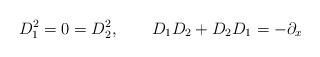
LaTeX: \begin{align*}D_{1}^{2} = 0 = D_{2}^{2},\qquad D_{1}D_{2}+D_{2}D_{1} = -\partial_{x}\end{align*}